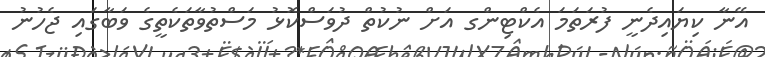
އޭނާ ކިޔައިދެނީ ފުރަތަމަ އެކްޓިންގ އަށް ނުކުތް ދުވަސްކޮޅު މަސްތުވާތަކެތީގެ ވަބާގައި ޖެހުނު